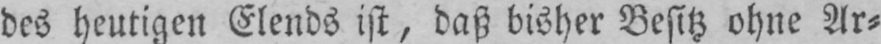
des heutigen Elends ist, daß bisher Besitz ohne Ar⸗